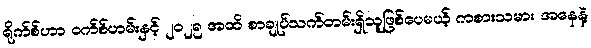
ရိုက်စ်ဟာ ဝက်စ်ဟမ်းနှင့် ၂၀၂၅ အထိ စာချုပ်သက်တမ်းရှိသူဖြစ်ပေမယ့် ကစားသမား အနေနဲ့